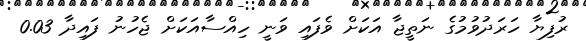
ރުފިޔާ ހަރަދުވުމުގެ ނަތީޖާ އަކަށް ވެފައި ވަނީ ހިއްސާއަކަށް ޖެހުނު ފައިދާ 0.03